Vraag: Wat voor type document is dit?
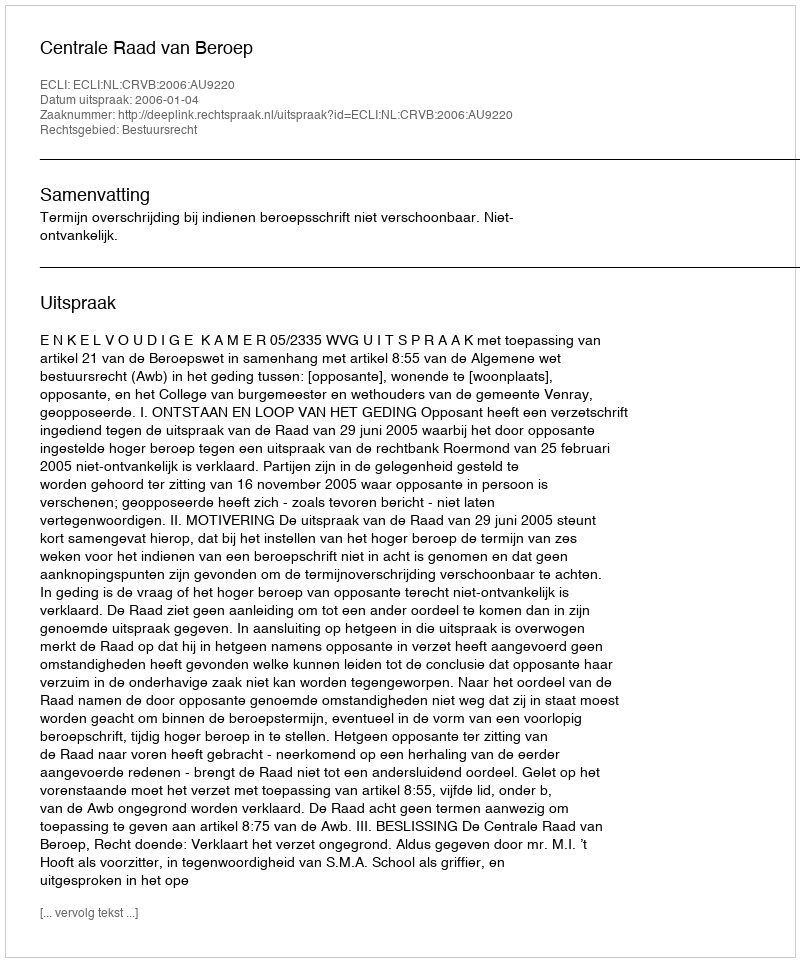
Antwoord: Uitspraak